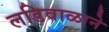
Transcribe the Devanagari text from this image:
लडिवाळाने